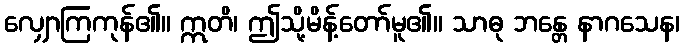
လျှောကြကုန်၏။ ဣတိ၊ ဤသို့မိန့်တော်မူ၏။ သာဓု ဘန္တေ နာဂသေန၊